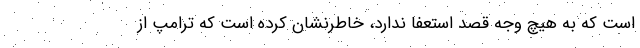
است که به هیچ وجه قصد استعفا ندارد، خاطرنشان کرده است که ترامپ از